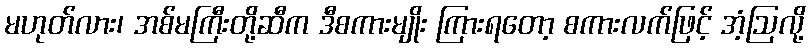
မဟုတ်လား၊ အစ်မကြီးတို့ဆီက ဒီစကားမျိုး ကြားရတော့ စကားလက်ဖြင့် အံ့ဩလို့